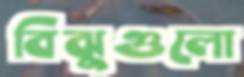
বিঝুগুলো